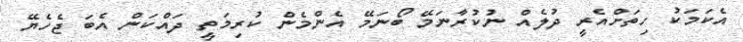
އެކަމަކު ހިތަށްއެރީ ދުލެއް ނުކުރާނަމޭ ބޯނަމޭ އެންމެން ކުރިމަތީ ދައްކަން އެބަ ޖެހެޔޭ